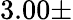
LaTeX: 3.00\pm